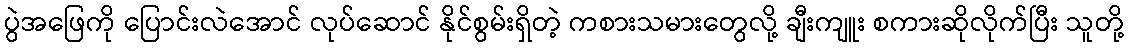
ပွဲအဖြေကို ပြောင်းလဲအောင် လုပ်ဆောင် နိုင်စွမ်းရှိတဲ့ ကစားသမားတွေလို့ ချီးကျူး စကားဆိုလိုက်ပြီး သူတို့